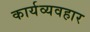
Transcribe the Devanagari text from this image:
कार्यव्यवहार